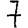
Digit: 7